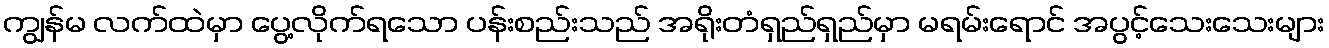
ကျွန်မ လက်ထဲမှာ ပွေ့လိုက်ရသော ပန်းစည်းသည် အရိုးတံရှည်ရှည်မှာ မရမ်းရောင် အပွင့်သေးသေးများ